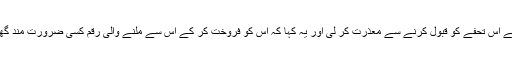
ڈاکٹر نثار احمد قریشی نے اس تحفے کو قبول کرنے سے معذرت کر لی اور یہ کہا کہ اس کو فروخت کر کے اس سے ملنے والی رقم کسی ضرورت مند گھرانے کو دے دی جائے۔